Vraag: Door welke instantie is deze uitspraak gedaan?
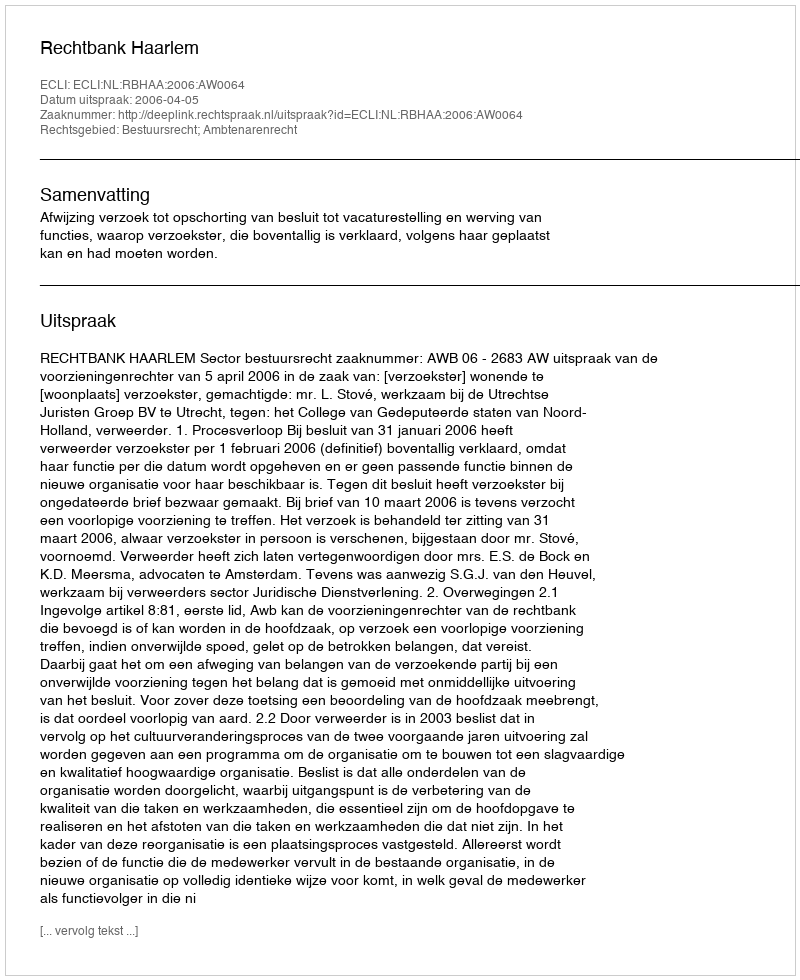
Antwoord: Rechtbank Haarlem